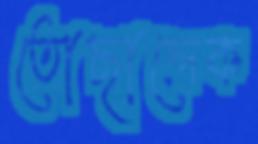
তোছাদ্দেক